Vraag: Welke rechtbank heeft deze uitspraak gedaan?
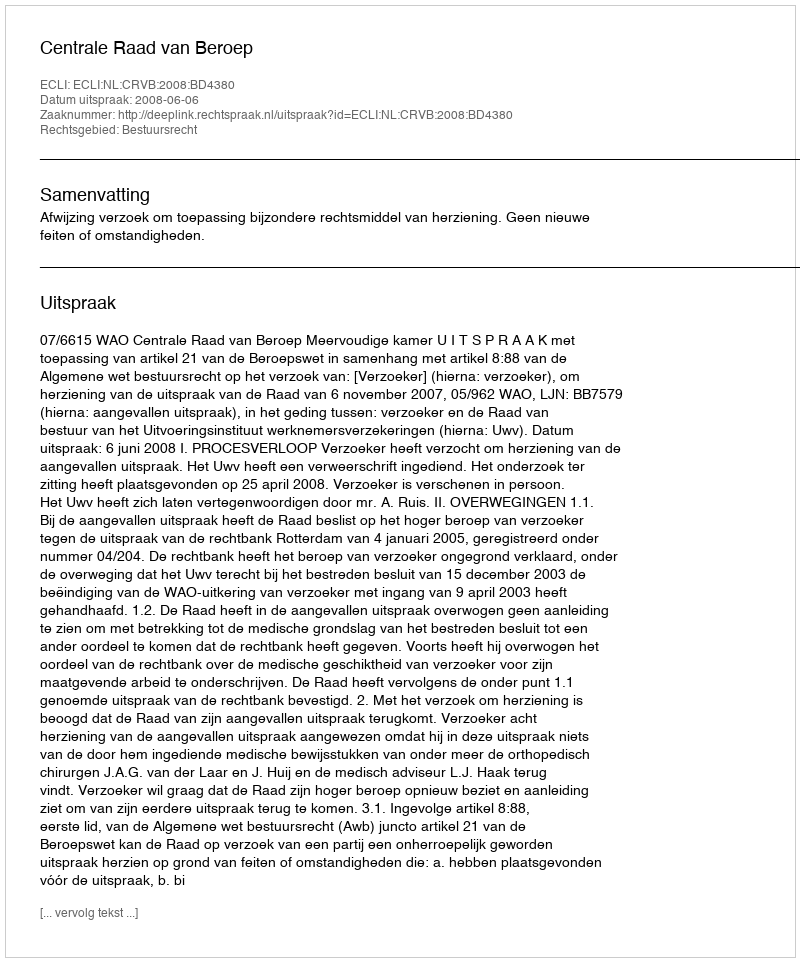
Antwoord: Centrale Raad van Beroep